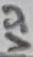
Text: VSS